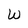
Character: W